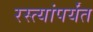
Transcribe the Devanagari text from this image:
रस्त्यांपर्यंत